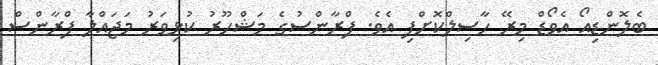
ބެލޮންޑިއޯ އެވޯޑް މިރޭ ހާސިލްކޮށްފި އެވެ. ފްރާންސުގެ މަޝްހޫރު ކުޅިވަރު މަޖައްލާ ފްރާންސް